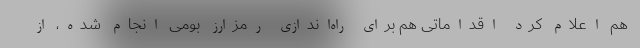
هم اعلام کرد اقداماتی هم برای راه‌اندازی رمزارز بومی انجام شده، از